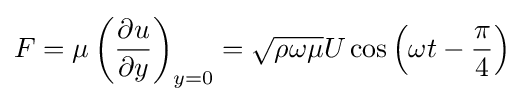
F=\mu \left({\frac {\partial u}{\partial y}}\right)_{y=0}={\sqrt {\rho \omega \mu }}U\cos \left(\omega t-{\frac {\pi }{4}}\right)